Report of the Municipal Commissioner on the plague in Bombay for the year ending 31st May... - Volume 3
Disease focus: Plague
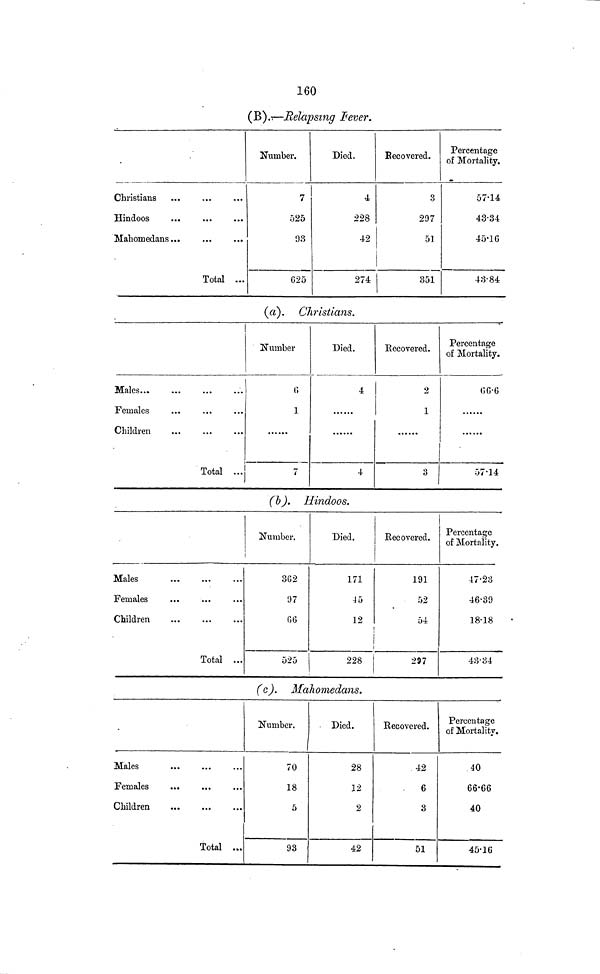
160
(B).—Relapsing Fever.
Christians
Hindoos
Mahomedans
Total ...
Number.
7
525
93
G25
Died.
4
228
42
274
Recovered.
3
297
51
351
Percentage
of Mortality,
57·14
43·34
45·16
43·84
(a). Christians.
Males...
Females
Children
Total ...
Number
0
1
7
Died.
4
4
Recovered.
2
1
3
Percentage
of Mortality.
66·6
57·14
(b). Hindoos.
Males
Females
Children
Total ...
Number,
3G2
97
66
525
Died.
171
45
12
228
Recovered.
191
52
54
297
Percentage
of Mortality.
47·23
46·39
18·18
43·34
(c). Mahomedans.
Males
Females
Children
Total ...
Number.
70
18
5
93
Died.
28
12
2
42
Recovered.
42
.
6
3
51
Percentage
of Mortality.
40
66·66
40
45·16